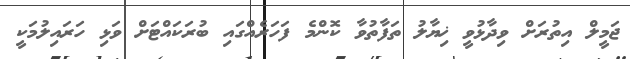
ޖަމީލް އިތުރަށް ވިދާޅުވީ ޚިޔާލު ތަފާތުވާ ކޮންމެ ފަހަރެއްގައި ބުރަކައްޓަށް ވަޅި ހަރައިލުމަކީ